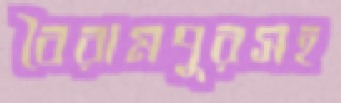
বৈরামপুরসহ